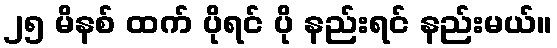
၂၅ မိနစ် ထက် ပိုရင် ပို နည်းရင် နည်းမယ်။